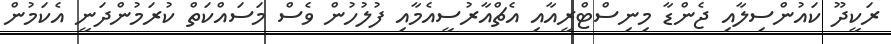
ރަކީދޫ ކައުންސިލާއި ޖެންޑާ މިނިސްޓްރީއާއި އެޗްއާރުސީއެމާއި ފުލުހުން ވެސް މަސައްކަތް ކުރަމުންދަނީ އެކަމުން